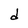
Character: d